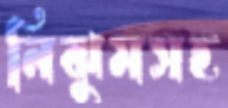
নিঝুমসহ